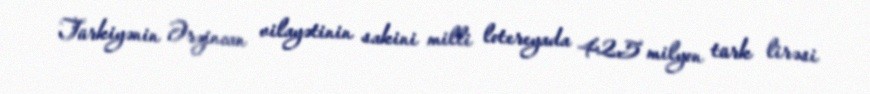
Türkiyənin Ərzincan vilayətinin sakini milli lotereyada 42,5 milyon türk lirəsi